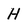
Character: H